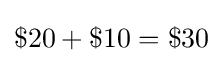
\$20+\$10=\$30